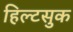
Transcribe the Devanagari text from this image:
हिल्टसुक